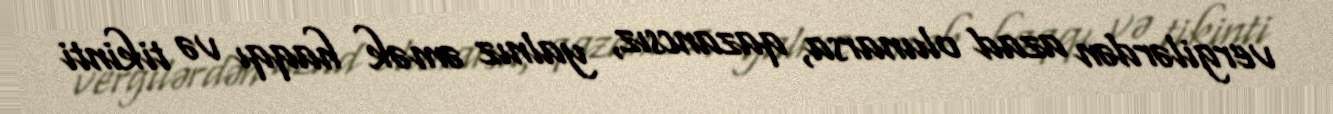
vergilərdən azad olunarsa, qazancsız, yalnız əmək haqqı və tikinti